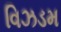
વિઝડમ